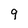
Character: 9